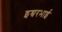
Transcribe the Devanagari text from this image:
इश्वरभाई